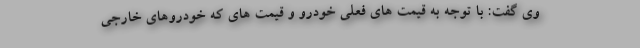
وي گفت: با توجه به قيمت هاي فعلي خودرو و قيمت هاي كه خودروهاي خارجي